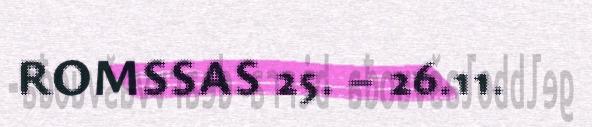
ROMSSAS 25. – 26.11.